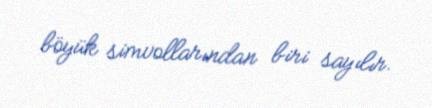
böyük simvollarından biri sayılır.